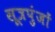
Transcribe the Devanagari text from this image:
सूत्रपुंजों